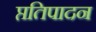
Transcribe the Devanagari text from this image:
प्ततिपादन